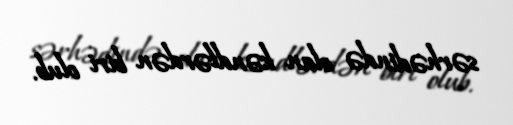
sərhədində olan kəndlərdən biri olub.